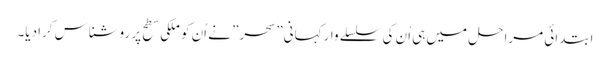
ابتدائی مراحل میں ہی اُن کی سلسلے وار کہانی” سحر” نے اُن کو ملکی سطح پر روشناس کرادیا۔